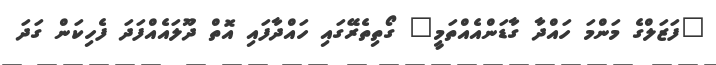
"ފަޒަލްގެ މަންމަ ހައްދާ ގާޑަންއެއްތަމީ" ގޯތިތެރޭގައި ހައްދާފައި އޮތް ދޫލައެއްފަދަ ފެހިކަން ގަދަ